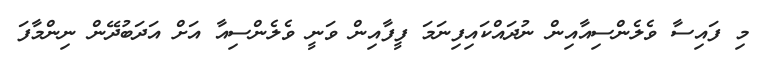
މި ފައިސާ ވެލެންސިއާއިން ނުދައްކައިފިނަމަ ފީފާއިން ވަނީ ވެލެންސިއާ އަށް އަދަބުދޭން ނިންމާފަ